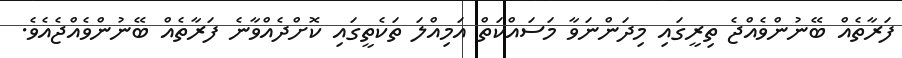
ފަރާތެއް ބޭނުންވެއްޖެ ތިރީގައި މިދަންނަވާ މަސައްކަތް އަމިއްލަ ތަކެތީގައި ކޮށްދެއްވާނެ ފަރާތެއް ބޭނުންވެއްޖެއެވެ.